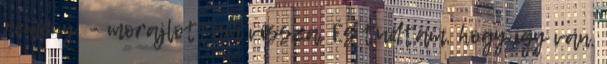
remény. – morajlottam vissza. És tudtam, hogy így van,